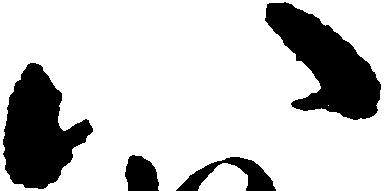
八